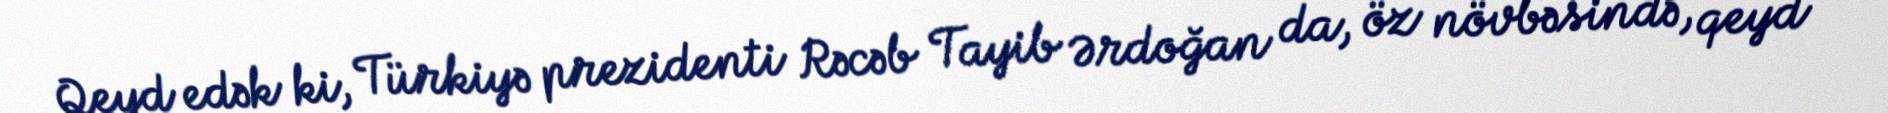
Qeyd edək ki, Türkiyə prezidenti Rəcəb Tayib Ərdoğan da, öz növbəsində, qeyd